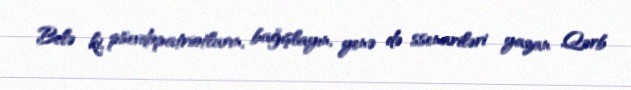
Belə ki, psevdopatriotların, bağışlayın, yenə də ssenariləri yazan Qərb